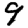
Digit: 9